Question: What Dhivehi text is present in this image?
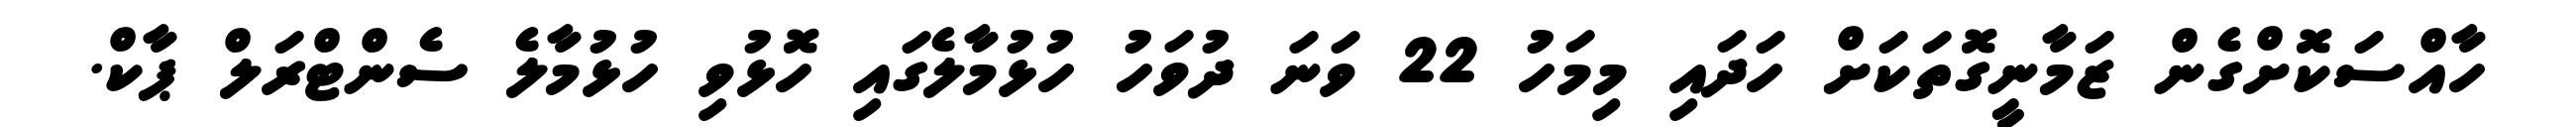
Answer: ހާއްސަކޮށްގެން ޒަމާނީގޮތަކަށް ހަދައި މިމަހު 22 ވަނަ ދުވަހު ހުޅުމާލެގައި ހޮޅުވި ހުޅުމާލެ ސެންޓްރަލް ޕާކް.